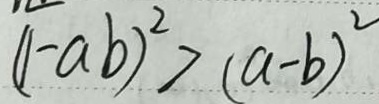
( 1 - a b ) ^ { 2 } > ( a - b ) ^ { 2 }